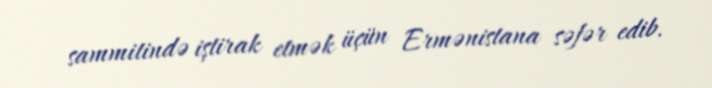
sammitində iştirak etmək üçün Ermənistana səfər edib.